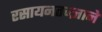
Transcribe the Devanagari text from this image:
रसायनतज्ज्ञाने